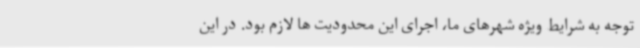
توجه به شرایط ویژه شهرهای ما، اجرای این محدودیت ها لازم بود. در این